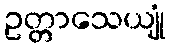
ဥတ္တာသေယျုံ